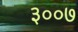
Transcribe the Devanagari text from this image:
३००७